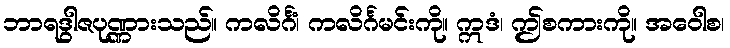
ဘာရဒွါဇပုဏ္ဏားသည်။ ကလိင်္ဂံ၊ ကလိင်္ဂမင်းကို။ ဣဒံ၊ ဤစကားကို။ အဝေါစ၊